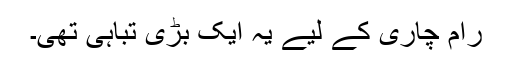
رام چاری کے لیے یہ ایک بڑی تباہی تھی۔